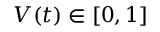
V ( t ) \in [ 0 , 1 ]